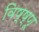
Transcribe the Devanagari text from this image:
विष्ष्णू